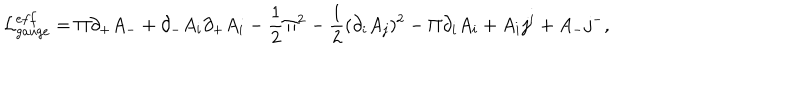
{ \cal L } _ { g a u g e } ^ { e f f } = \Pi \partial _ { + } A _ { - } + \partial _ { - } A _ { i } \partial _ { + } A _ { i } - \frac 1 2 \Pi ^ { 2 } - \frac 1 2 ( \partial _ { i } A _ { j } ) ^ { 2 } - \Pi \partial _ { i } A _ { i } + A _ { i } j ^ { i } + A _ { - } j ^ { - } ,